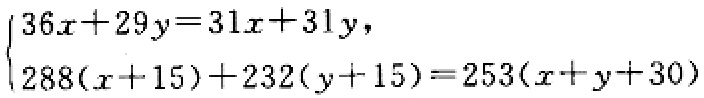
\(\begin{cases}36x + 29y = 31x + 31y,\\288(x + 15)+232(y + 15)=253(x + y+30)\end{cases}\)